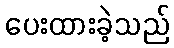
ပေးထားခဲ့သည်